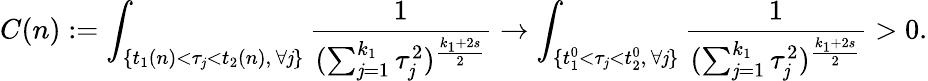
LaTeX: C(n):=\int_{\{ t_{1}(n)<\tau_{\mathit{j}}<t_{2}(n),\, \forall\mathit{j}\} }\frac{{1}}{{(\sum_{\mathit{j}=1}^{k_{1}}\tau_{\mathit{j}}^{2})^{\frac{{k_{1}+2s}}{{2}}}}}\to\int_{\{ t_{1}^{0}<\tau_{\mathit{j}}<t_{2}^{0},\, \forall\mathit{j}\} }\frac{{1}}{{(\sum_{\mathit{j}=1}^{k_{1}}\tau_{\mathit{j}}^{2})^{\frac{{k_{1}+2s}}{{2}}}}}>0.